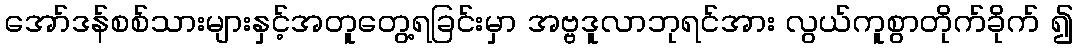
အော်ဒန်စစ်သားများနှင့်အတူတွေ့ရခြင်းမှာ အဗ္ဗဒူလာဘုရင်အား လွယ်ကူစွာတိုက်ခိုက် ၍